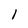
Character: 1